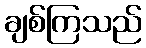
ချစ်ကြသည်